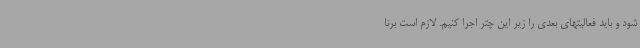
شود و باید فعالیتهای بعدی را زیر این چتر اجرا کنیم. لازم است برنا